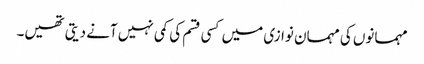
مہمانوں کی مہمان نوازی میں کسی قسم کی کمی نہیں آنے دیتی تھیں۔